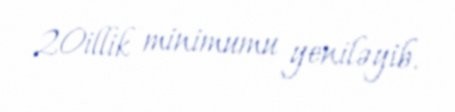
20illik minimumu yeniləyib.